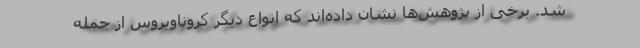
شد. برخی از پژوهش‌ها نشان داده‌اند که انواع دیگر کروناویروس از جمله